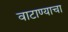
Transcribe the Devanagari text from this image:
वाटाण्याचा